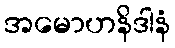
အမောဟနိဒါနံ